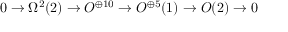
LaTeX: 0 \rightarrow \Omega ^ { 2 } ( 2 ) \rightarrow { \cal O } ^ { \oplus 1 0 } \rightarrow { \cal O } ^ { \oplus 5 } ( 1 ) \rightarrow { \cal O } ( 2 ) \rightarrow 0